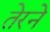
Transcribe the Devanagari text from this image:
तेरने